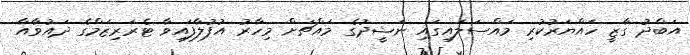
އަބްދު ގާޒީ ހައްޔަރުކުރި މައްސަލައިގައި ނަޝީދުގެ މައްޗަށް މިހާރު އުފުލާފައިވާ ޓެރަރިޒަމްގެ ދައުވާއާ